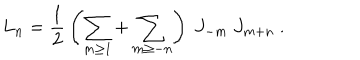
L _ { n } = { \frac { 1 } { 2 } } \left( \sum _ { m \geq 1 } + \sum _ { m \geq - n } \right) \ J _ { - m } \ J _ { m + n } \ .